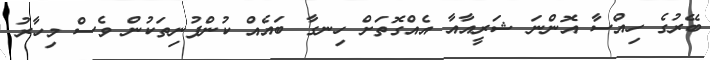
ބޭރުގެ ހިއްސާ އޮންނަ ޝަރީއާއާ އެއްގޮތަށް ހިނގާ ބައެއް ކުންފުނިތަކުން ވެސް މިހާރު